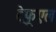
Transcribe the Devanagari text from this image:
ट्रेफूएल